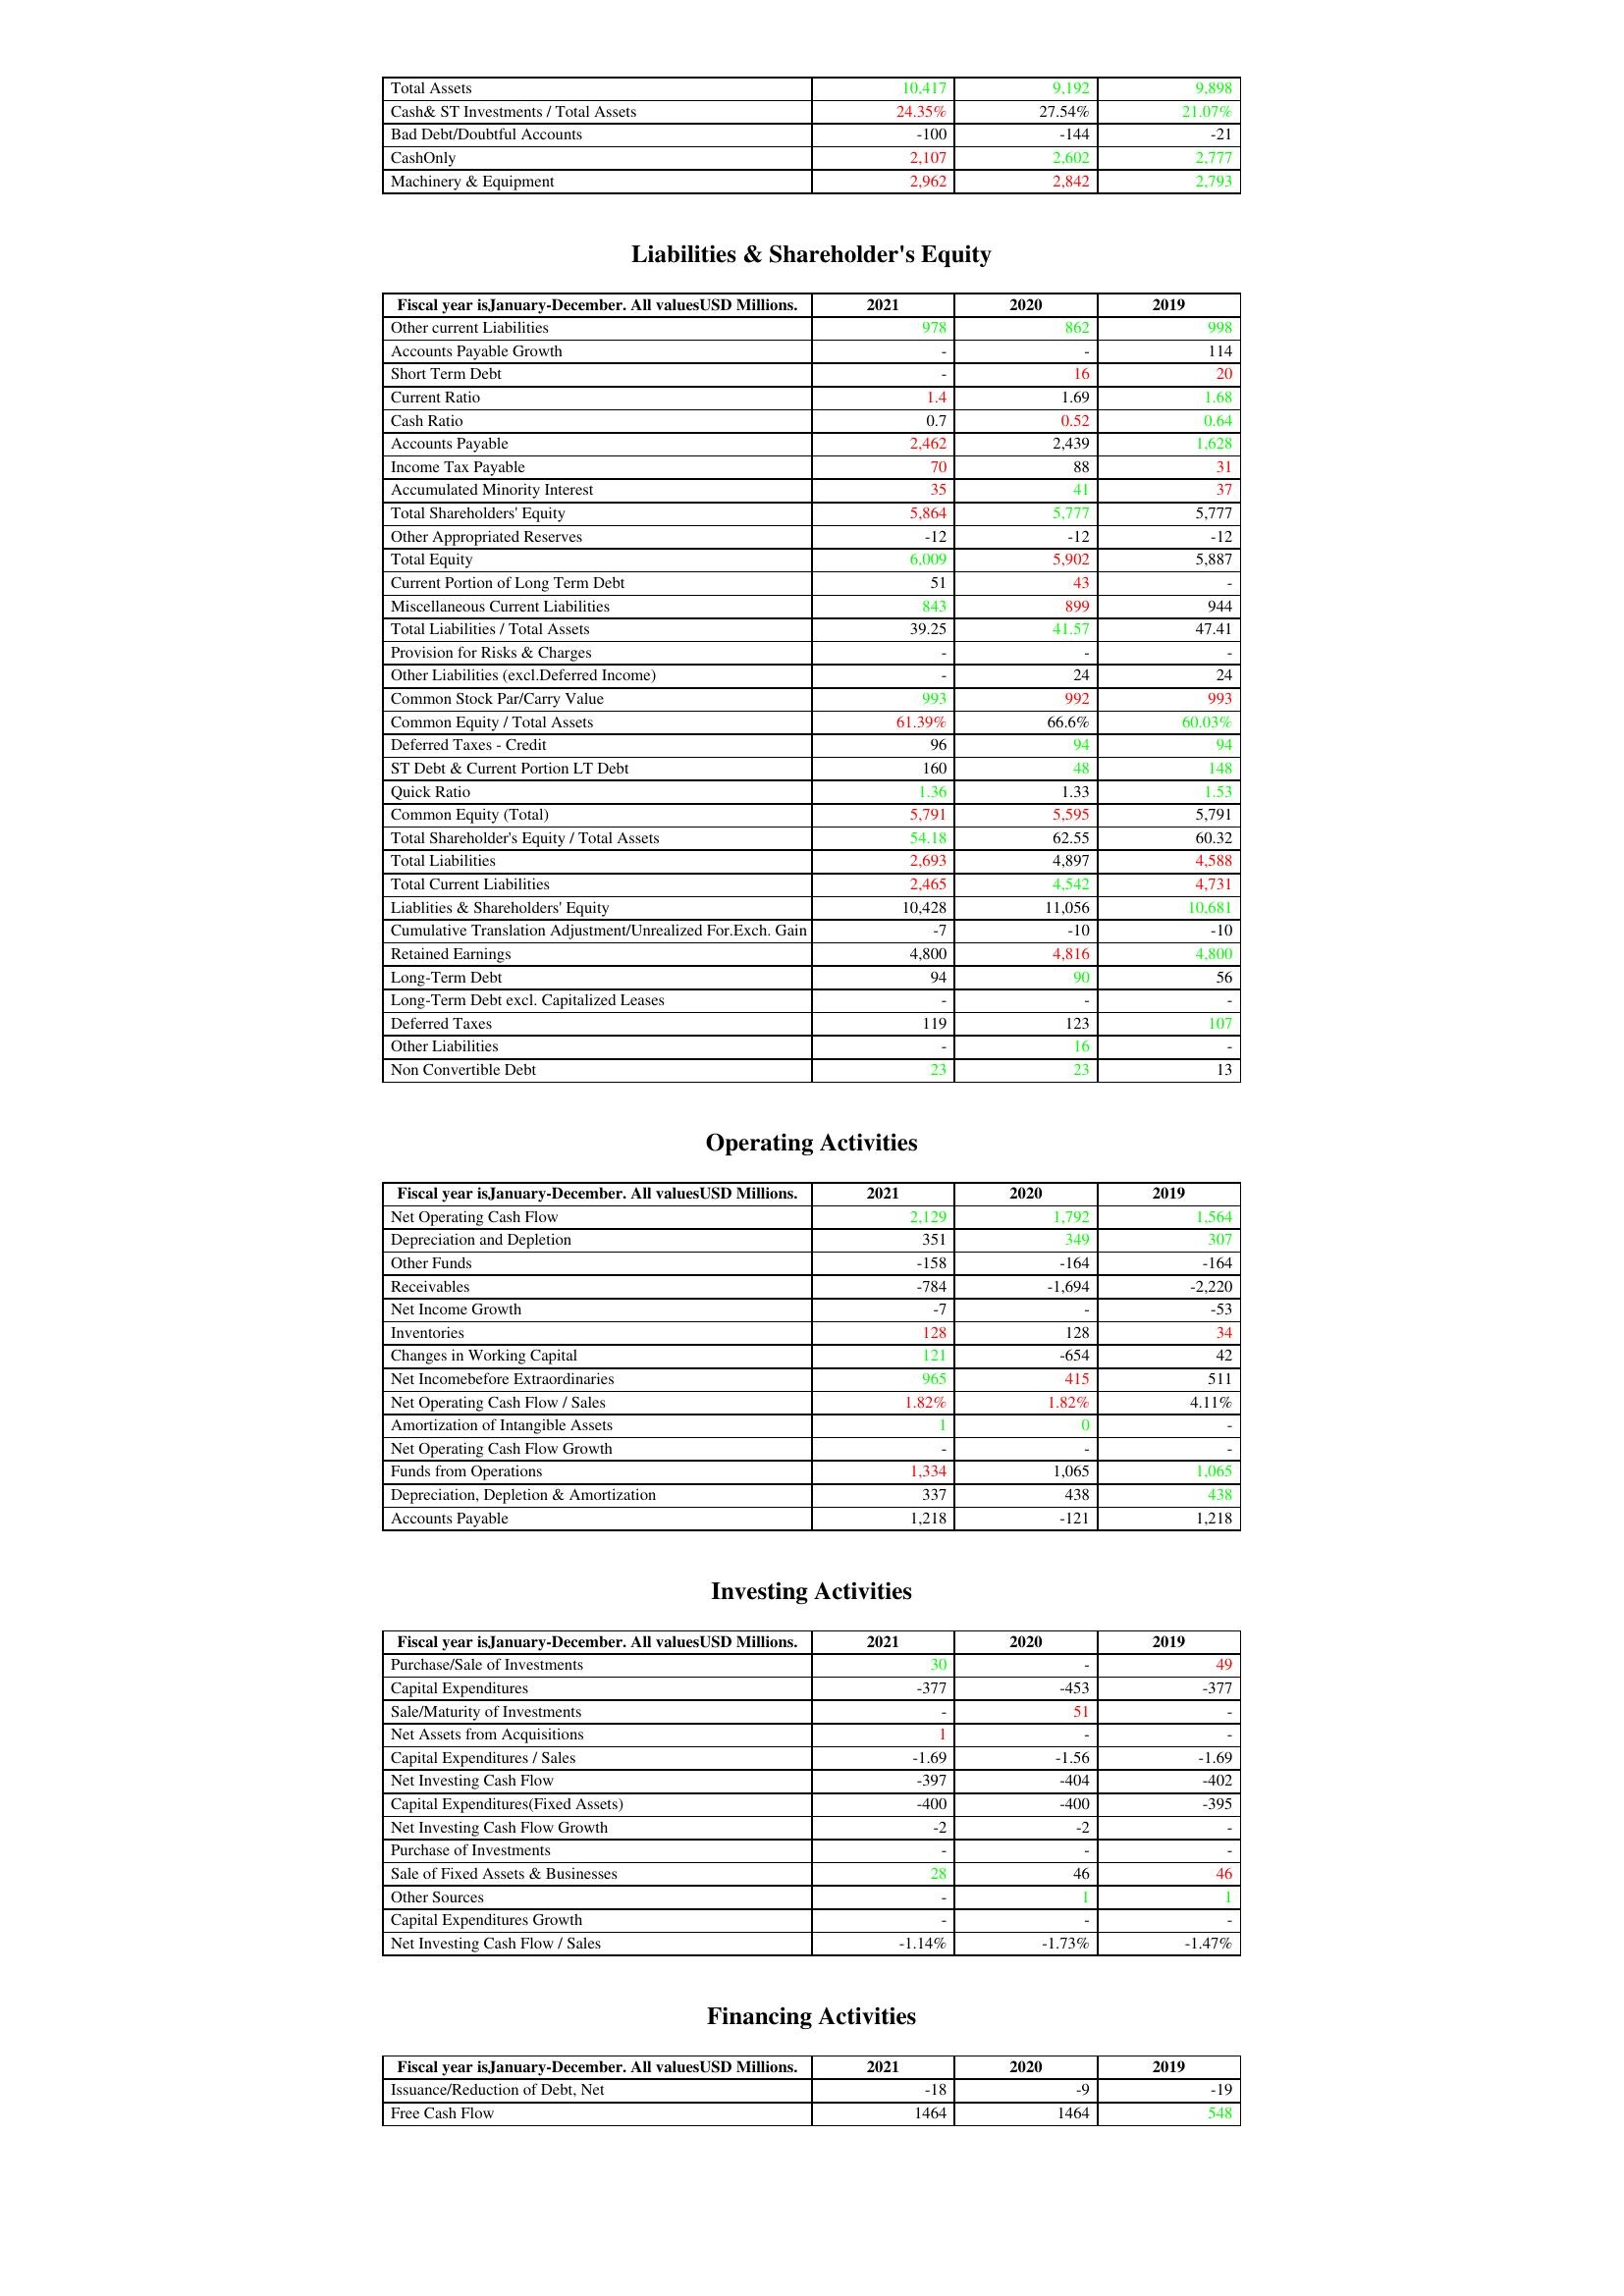
gt_parse: 2021: Assets: Total Assets: 10,417
Cash& ST Investments / Total Assets: 24.35%
Bad Debt/Doubtful Accounts: -100
CashOnly: 2,107
Machinery & Equipment: 2,962
Liabilities & Shareholder's Equity: Other current Liabilities: 978
Accounts Payable Growth: -
Short Term Debt: -
Current Ratio: 1.4
Cash Ratio: 0.7
Accounts Payable: 2,462
Income Tax Payable: 70
Accumulated Minority Interest: 35
Total Shareholders' Equity: 5,864
Other Appropriated Reserves: -12
Total Equity: 6,009
Current Portion of Long Term Debt: 51
Miscellaneous Current Liabilities: 843
Total Liabilities / Total Assets: 39.25
Provision for Risks & Charges: -
Other Liabilities (excl.Deferred Income): -
Common Stock Par/Carry Value: 993
Common Equity / Total Assets: 61.39%
Deferred Taxes - Credit: 96
ST Debt & Current Portion LT Debt: 160
Quick Ratio: 1.36
Common Equity (Total): 5,791
Total Shareholder's Equity / Total Assets: 54.18
Total Liabilities: 2,693
Total Current Liabilities: 2,465
Liablities & Shareholders' Equity: 10,428
Cumulative Translation Adjustment/Unrealized For.Exch. Gain: -7
Retained Earnings: 4,800
Long-Term Debt: 94
Long-Term Debt excl. Capitalized Leases: -
Deferred Taxes: 119
Other Liabilities: -
Non Convertible Debt: 23
Operating Activities: Net Operating Cash Flow: 2,129
Depreciation and Depletion: 351
Other Funds: -158
Receivables: -784
Net Income Growth: -7
Inventories: 128
Changes in Working Capital: 121
Net Incomebefore Extraordinaries: 965
Net Operating Cash Flow / Sales: 1.82%
Amortization of Intangible Assets: 1
Net Operating Cash Flow Growth: -
Funds from Operations: 1,334
Depreciation, Depletion & Amortization: 337
Accounts Payable: 1,218
Investing Activities: Purchase/Sale of Investments: 30
Capital Expenditures: -377
Sale/Maturity of Investments: -
Net Assets from Acquisitions: 1
Capital Expenditures / Sales: -1.69
Net Investing Cash Flow: -397
Capital Expenditures(Fixed Assets): -400
Net Investing Cash Flow Growth: -2
Purchase of Investments: -
Sale of Fixed Assets & Businesses: 28
Other Sources: -
Capital Expenditures Growth: -
Net Investing Cash Flow / Sales: -1.14%
Financing Activities: Issuance/Reduction of Debt, Net: -18
Free Cash Flow: 1464
2020: Assets: Total Assets: 9,192
Cash& ST Investments / Total Assets: 27.54%
Bad Debt/Doubtful Accounts: -144
CashOnly: 2,602
Machinery & Equipment: 2,842
Liabilities & Shareholder's Equity: Other current Liabilities: 862
Accounts Payable Growth: -
Short Term Debt: 16
Current Ratio: 1.69
Cash Ratio: 0.52
Accounts Payable: 2,439
Income Tax Payable: 88
Accumulated Minority Interest: 41
Total Shareholders' Equity: 5,777
Other Appropriated Reserves: -12
Total Equity: 5,902
Current Portion of Long Term Debt: 43
Miscellaneous Current Liabilities: 899
Total Liabilities / Total Assets: 41.57
Provision for Risks & Charges: -
Other Liabilities (excl.Deferred Income): 24
Common Stock Par/Carry Value: 992
Common Equity / Total Assets: 66.6%
Deferred Taxes - Credit: 94
ST Debt & Current Portion LT Debt: 48
Quick Ratio: 1.33
Common Equity (Total): 5,595
Total Shareholder's Equity / Total Assets: 62.55
Total Liabilities: 4,897
Total Current Liabilities: 4,542
Liablities & Shareholders' Equity: 11,056
Cumulative Translation Adjustment/Unrealized For.Exch. Gain: -10
Retained Earnings: 4,816
Long-Term Debt: 90
Long-Term Debt excl. Capitalized Leases: -
Deferred Taxes: 123
Other Liabilities: 16
Non Convertible Debt: 23
Operating Activities: Net Operating Cash Flow: 1,792
Depreciation and Depletion: 349
Other Funds: -164
Receivables: -1,694
Net Income Growth: -
Inventories: 128
Changes in Working Capital: -654
Net Incomebefore Extraordinaries: 415
Net Operating Cash Flow / Sales: 1.82%
Amortization of Intangible Assets: 0
Net Operating Cash Flow Growth: -
Funds from Operations: 1,065
Depreciation, Depletion & Amortization: 438
Accounts Payable: -121
Investing Activities: Purchase/Sale of Investments: -
Capital Expenditures: -453
Sale/Maturity of Investments: 51
Net Assets from Acquisitions: -
Capital Expenditures / Sales: -1.56
Net Investing Cash Flow: -404
Capital Expenditures(Fixed Assets): -400
Net Investing Cash Flow Growth: -2
Purchase of Investments: -
Sale of Fixed Assets & Businesses: 46
Other Sources: 1
Capital Expenditures Growth: -
Net Investing Cash Flow / Sales: -1.73%
Financing Activities: Issuance/Reduction of Debt, Net: -9
Free Cash Flow: 1464
2019: Assets: Total Assets: 9,898
Cash& ST Investments / Total Assets: 21.07%
Bad Debt/Doubtful Accounts: -21
CashOnly: 2,777
Machinery & Equipment: 2,793
Liabilities & Shareholder's Equity: Other current Liabilities: 998
Accounts Payable Growth: 114
Short Term Debt: 20
Current Ratio: 1.68
Cash Ratio: 0.64
Accounts Payable: 1,628
Income Tax Payable: 31
Accumulated Minority Interest: 37
Total Shareholders' Equity: 5,777
Other Appropriated Reserves: -12
Total Equity: 5,887
Current Portion of Long Term Debt: -
Miscellaneous Current Liabilities: 944
Total Liabilities / Total Assets: 47.41
Provision for Risks & Charges: -
Other Liabilities (excl.Deferred Income): 24
Common Stock Par/Carry Value: 993
Common Equity / Total Assets: 60.03%
Deferred Taxes - Credit: 94
ST Debt & Current Portion LT Debt: 148
Quick Ratio: 1.53
Common Equity (Total): 5,791
Total Shareholder's Equity / Total Assets: 60.32
Total Liabilities: 4,588
Total Current Liabilities: 4,731
Liablities & Shareholders' Equity: 10,681
Cumulative Translation Adjustment/Unrealized For.Exch. Gain: -10
Retained Earnings: 4,800
Long-Term Debt: 56
Long-Term Debt excl. Capitalized Leases: -
Deferred Taxes: 107
Other Liabilities: -
Non Convertible Debt: 13
Operating Activities: Net Operating Cash Flow: 1,564
Depreciation and Depletion: 307
Other Funds: -164
Receivables: -2,220
Net Income Growth: -53
Inventories: 34
Changes in Working Capital: 42
Net Incomebefore Extraordinaries: 511
Net Operating Cash Flow / Sales: 4.11%
Amortization of Intangible Assets: -
Net Operating Cash Flow Growth: -
Funds from Operations: 1,065
Depreciation, Depletion & Amortization: 438
Accounts Payable: 1,218
Investing Activities: Purchase/Sale of Investments: 49
Capital Expenditures: -377
Sale/Maturity of Investments: -
Net Assets from Acquisitions: -
Capital Expenditures / Sales: -1.69
Net Investing Cash Flow: -402
Capital Expenditures(Fixed Assets): -395
Net Investing Cash Flow Growth: -
Purchase of Investments: -
Sale of Fixed Assets & Businesses: 46
Other Sources: 1
Capital Expenditures Growth: -
Net Investing Cash Flow / Sales: -1.47%
Financing Activities: Issuance/Reduction of Debt, Net: -19
Free Cash Flow: 548